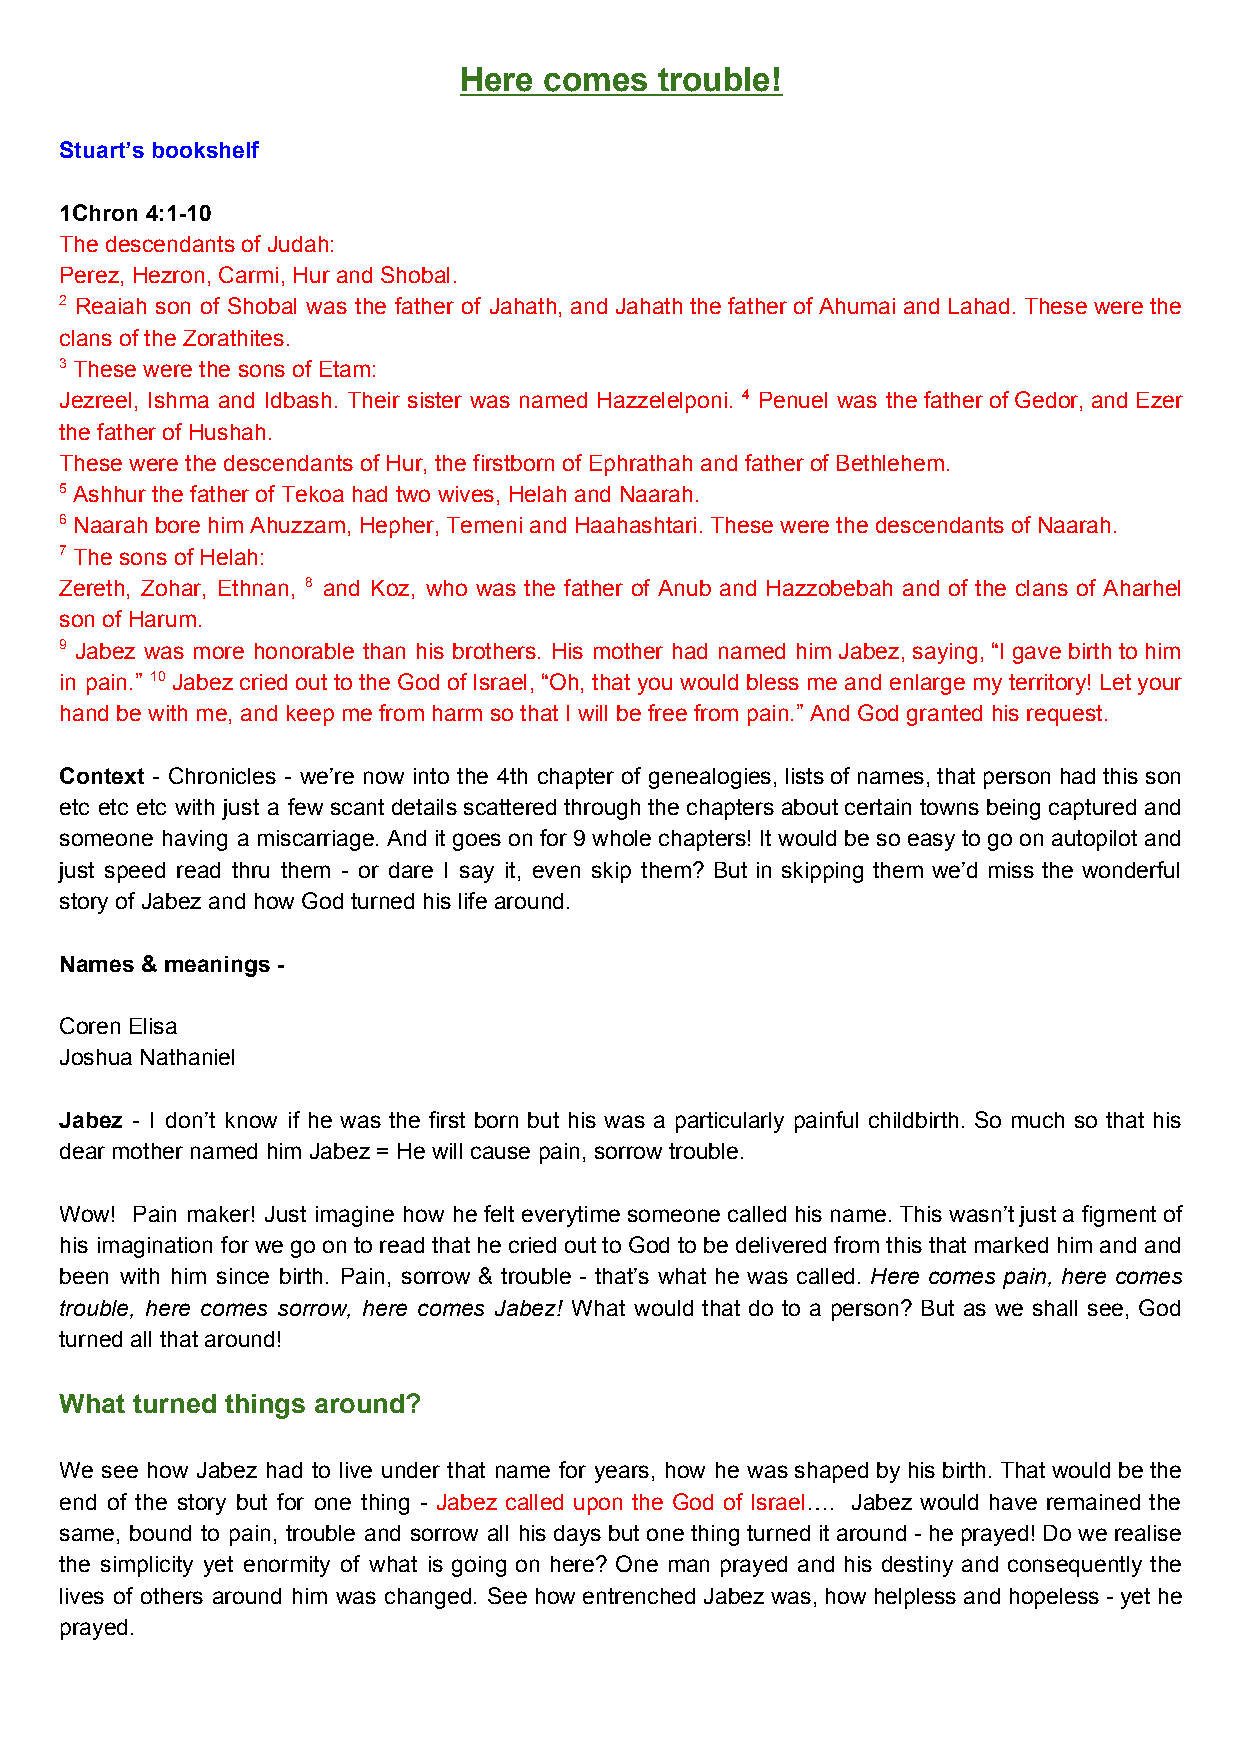
Here  comes   trouble!
 Stuart’s bookshelf
 1Chron 4:1-10
 The descendants of Judah:
 Perez, Hezron, Carmi, Hur and Shobal.
 2 Reaiah son of Shobal was the father of Jahath, and Jahath the father of Ahumai and Lahad. These were the
 clans of the Zorathites.
 3 ​ These were the sons of Etam:
 Jezreel, Ishma and Idbash. Their sister was named Hazzelelponi. 4 Penuel was the father of Gedor, and Ezer
 ​
 the father of Hushah.
 These were the descendants of Hur, the firstborn of Ephrathah and father of Bethlehem.
 5 ​ Ashhur the father of Tekoa had two wives, Helah and Naarah.
 6 ​ Naarah bore him Ahuzzam, Hepher, Temeni and Haahashtari. These were the descendants of Naarah.
 7 ​ The sons of Helah:
 Zereth, Zohar, Ethnan, 8 and Koz, who was the father of Anub and Hazzobebah and of the clans of Aharhel
 ​
 son of Harum.
 9 Jabez was more honorable than his brothers. His mother had named him Jabez, saying, “I gave birth to him
 in pain.” 10 Jabez cried out to the God of Israel, “Oh, that you would bless me and enlarge my territory! Let your
 ​
 hand be with me, and keep me from harm so that I will be free from pain.” And God granted his request.
 Context - Chronicles - we’re now into the 4th chapter of genealogies, lists of names, that person had this son
 ​
 etc etc etc with just a few scant details scattered through the chapters about certain towns being captured and
 someone having a miscarriage. And it goes on for 9 whole chapters! It would be so easy to go on autopilot and
 just speed read thru them - or dare I say it, even skip them? But in skipping them we’d miss the wonderful
 story of Jabez and how God turned his life around.
 Names & meanings -
 Coren Elisa
 Joshua Nathaniel
 Jabez - I don’t know if he was the first born but his was a particularly painful childbirth. So much so that his
 dear mother named him Jabez = He will cause pain, sorrow trouble.
 Wow! Pain maker! Just imagine how he felt everytime someone called his name. This wasn’t just a figment of
 his imagination for we go on to read that he cried out to God to be delivered from this that marked him and and
 been with him since birth. Pain, sorrow & trouble - that’s what he was called. Here comes pain, here comes
 ​
 trouble, here comes sorrow, here comes Jabez! What would that do to a person? But as we shall see, God
 ​
 turned all that around!
 What turned things around?
 We see how Jabez had to live under that name for years, how he was shaped by his birth. That would be the
 end of the story but for one thing - Jabez called upon the God of Israel…. Jabez would have remained the
 ​                       ​
 same, bound to pain, trouble and sorrow all his days but one thing turned it around - he prayed! Do we realise
 the simplicity yet enormity of what is going on here? One man prayed and his destiny and consequently the
 lives of others around him was changed. See how entrenched Jabez was, how helpless and hopeless - yet he
 prayed.